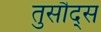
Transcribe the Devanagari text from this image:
तुसौद्स